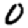
Digit: 0